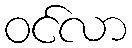
ဝင်လာ